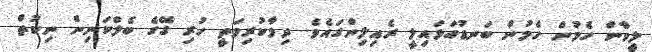
ލީވާން ހެމުން ހެމުން ބަނޑުއަޅައިލީ ރެއިލިންގައެވެ. ދިމާކުރިމަތީ ހުރި ގޭގެ ބެލްކަނިން ނިކުތް